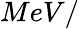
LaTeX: MeV/